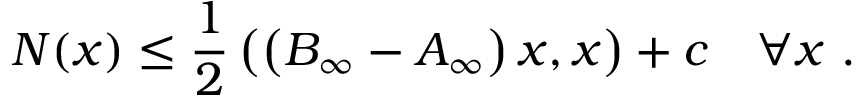
N ( x ) \le \frac { 1 } { 2 } \left( \left( B _ { \infty } - A _ { \infty } \right) x , x \right) + c \ \ \ \forall x \ .